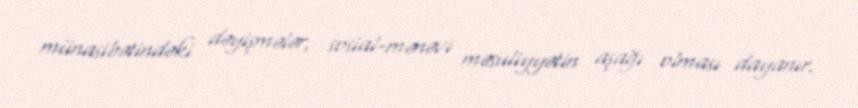
münasibətindəki dəyişmələr, sosial-mənəvi məsuliyyətin aşağı olması dayanır.